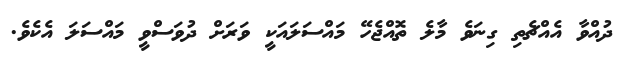
ދުއްވާ އެއްޗެތި ގިނަވެ މާލެ ތޮއްޖެހޭ މައްސަލައަކީ ވަރަށް ދުވަސްވީ މައްސަލަ އެކެވެ.